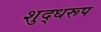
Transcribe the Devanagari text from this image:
शुद्धरूप